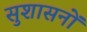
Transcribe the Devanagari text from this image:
सुशासनों